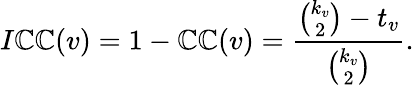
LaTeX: I\mathbb{C}\mathbb{C}(v)=1-\mathbb{C}\mathbb{C}(v)=\frac{{\binom{k_{v}}{2}-t_{v}}}{{\binom{k_{v}}{2}}}.